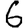
Digit: 6